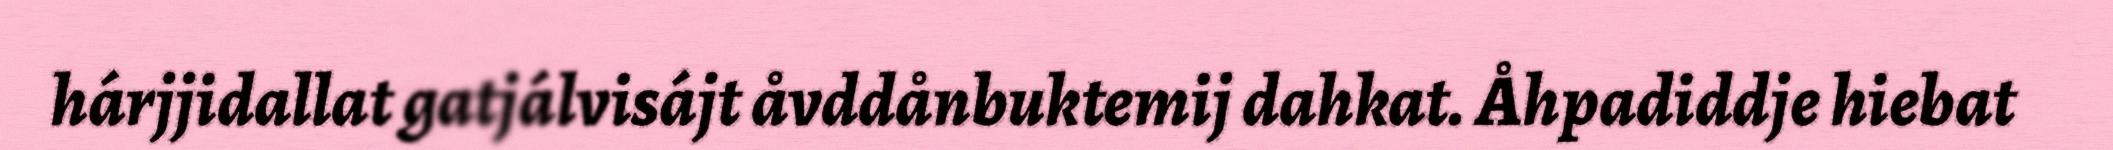
hárjjidallat gatjálvisájt åvddånbuktemij dahkat. Åhpadiddje hiebat